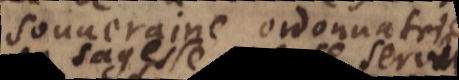
souveraine ordonnatrice